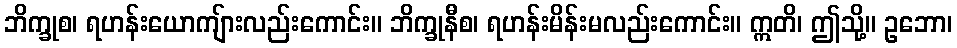
ဘိက္ခုစ၊ ရဟန်းယောကျ်ားလည်းကောင်း။ ဘိက္ခုနီစ၊ ရဟန်းမိန်းမလည်းကောင်း။ ဣတိ၊ ဤသို့။ ဥဘော၊